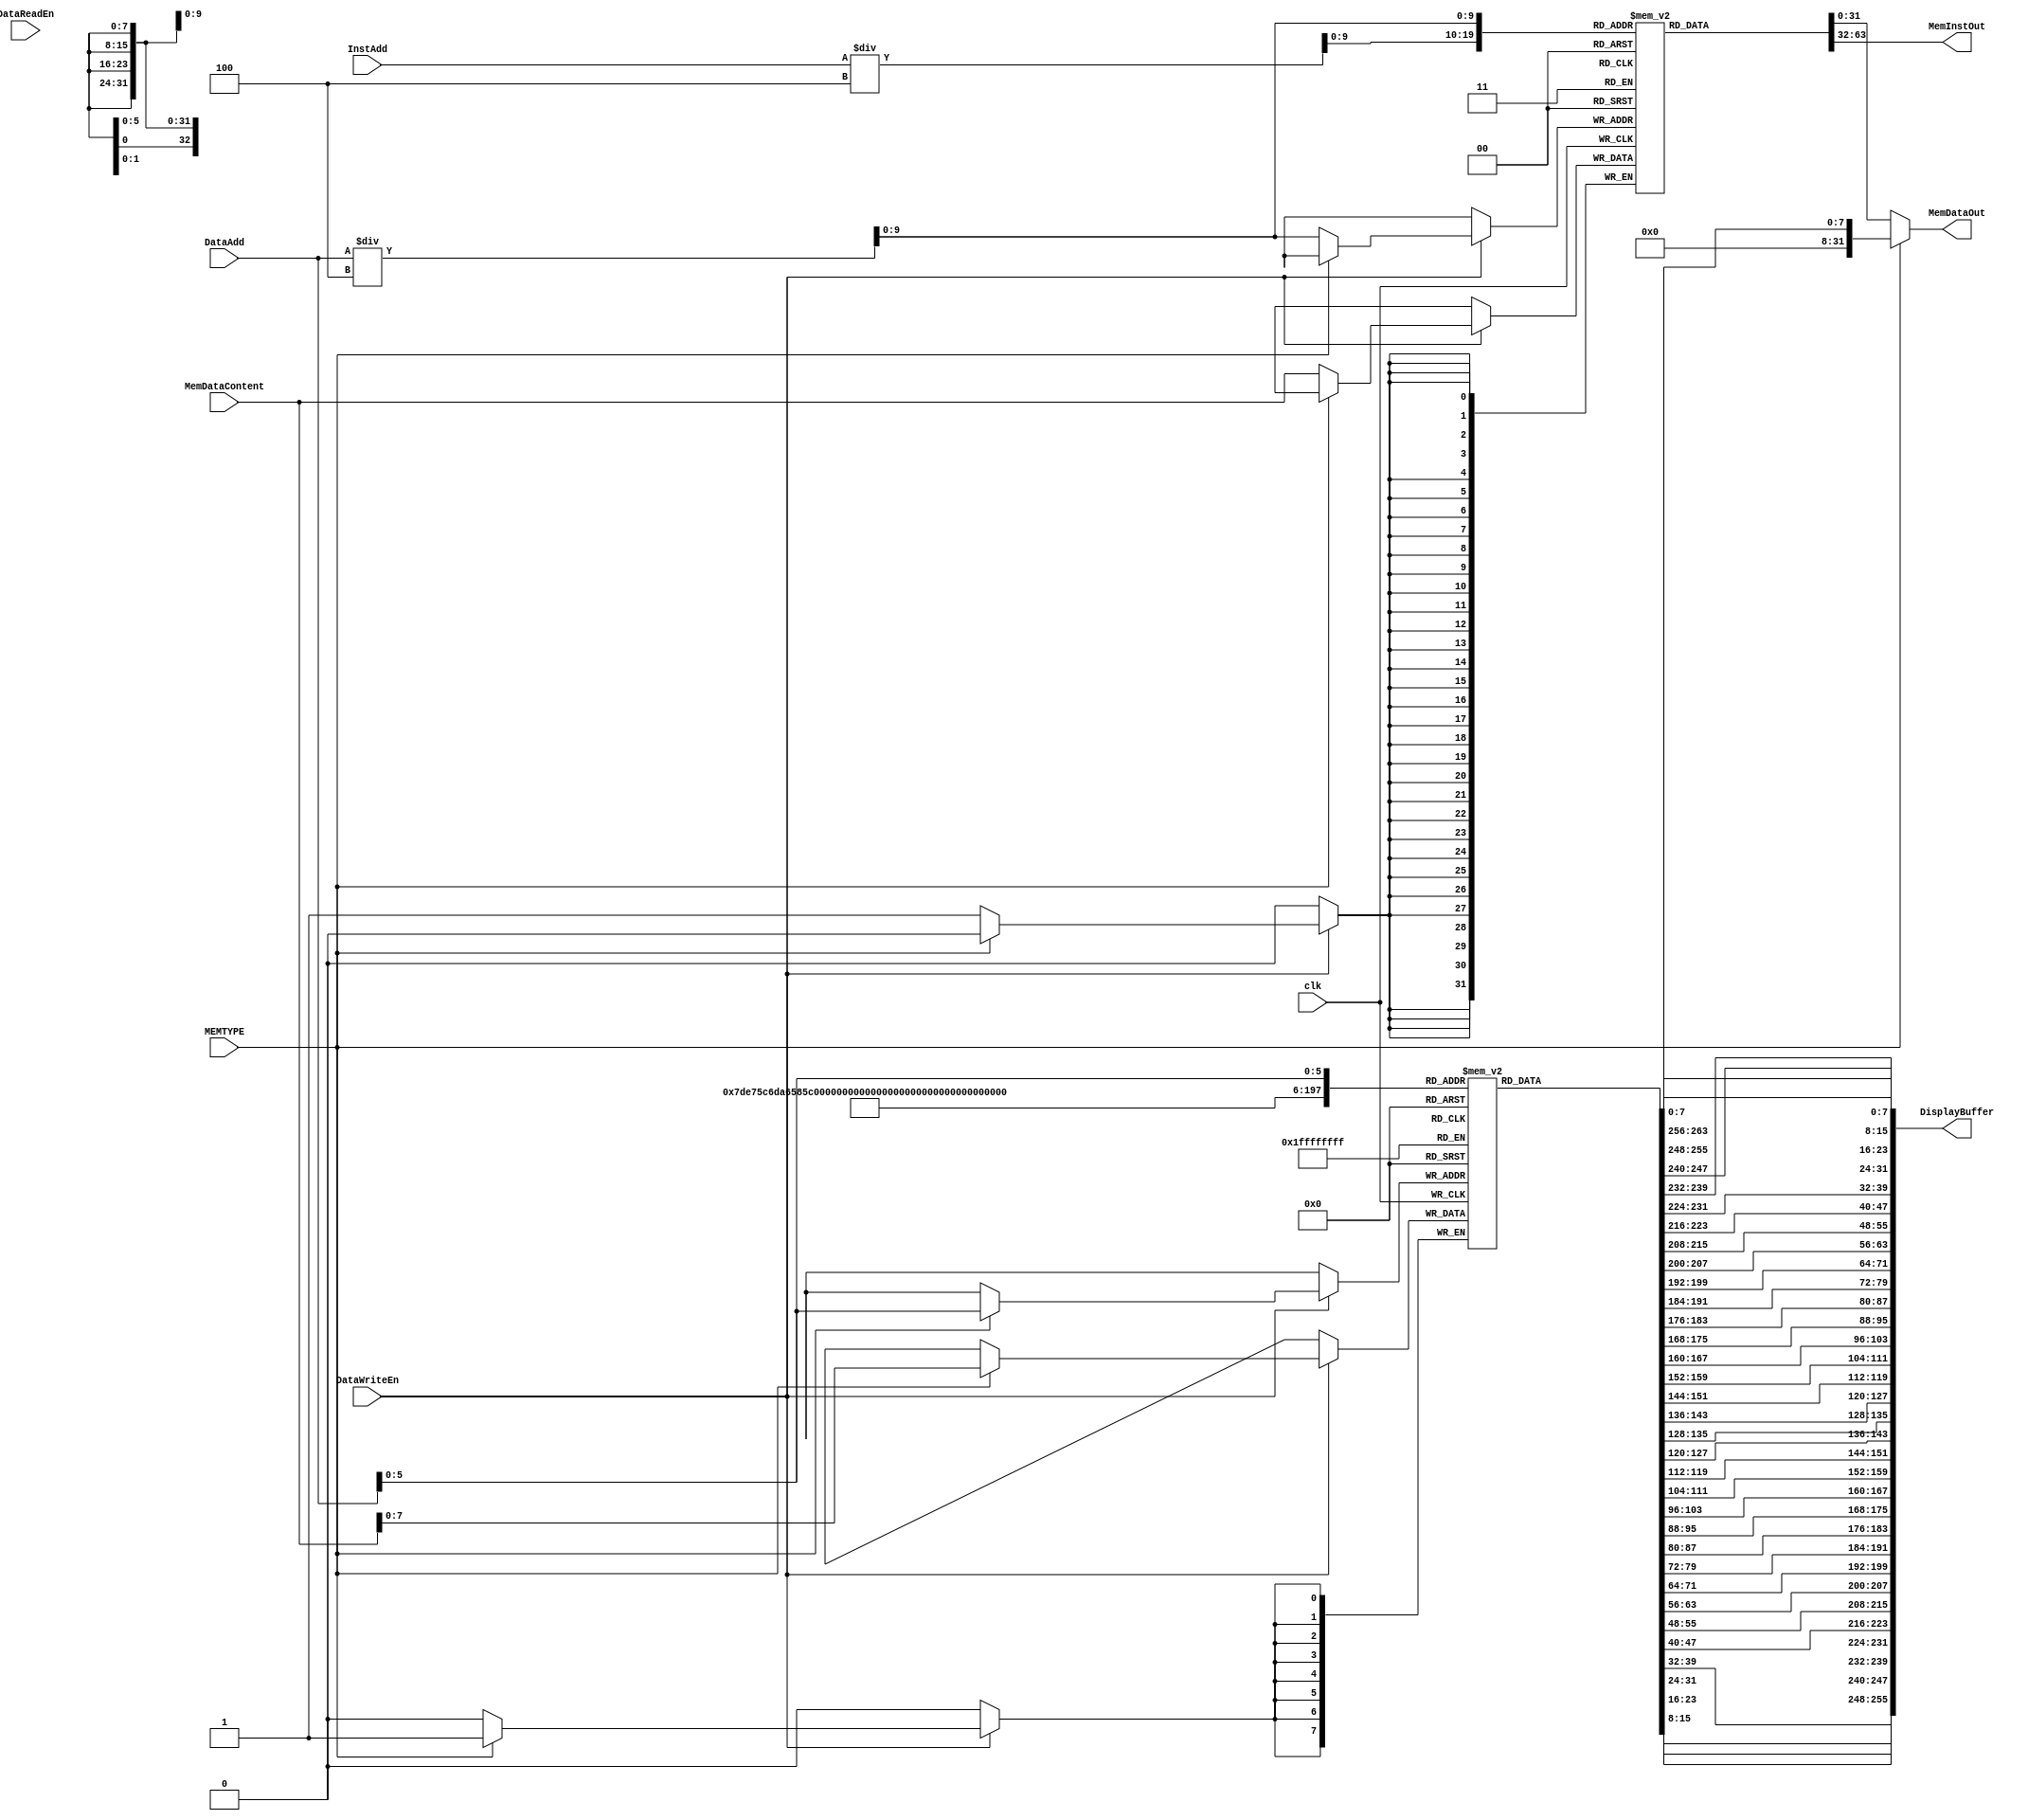
module BasicTestMemory
  #(
    parameter DisplayBufferSize = 256 
    )(
      input wire 			  clk,
  
      input wire [31:0] 		  InstAdd, // Address to fetch instruction from
      input wire [31:0] 		  DataAdd, // Address to fetch data from
      input wire [31:0] 		  MemDataContent,
  
      input wire 			  DataReadEn, // Enables output from memory
      input wire 			  DataWriteEn, // Enables writing to memory at end of cur. cycle

      input wire 			  MEMTYPE, // Enables writing to memory at end of cur. cycle
  
      output reg [31:0] 		  MemDataOut, // Data from memory
      output reg [31:0] 		  MemInstOut, // Instruction from memory	
      output wire [DisplayBufferSize-1:0] DisplayBuffer
      ); 

   reg [31:0] 				  mem [1023:0];
   reg [7:0] 				  dispMem [DisplayBufferSize/8:0];

   
   genvar 				  i;
   generate
       for (i = 0; i < DisplayBufferSize/8; i = i + 1) begin
	   assign DisplayBuffer[(i+1)*8 - 1 : i*8] = dispMem[DisplayBufferSize/8-i-1][7:0];
       end
   endgenerate

   initial begin
       mem[0] = 32'ha01ff800;
       mem[1] = 32'h903ff800;
       mem[2] = 32'h80410800;
       mem[3] = 32'ha4620800;
       mem[4] = 32'hb0811000;
       mem[5] = 32'hb0000800;
       mem[6] = 32'ha8000800;
       mem[7] = 32'hb0000800;
       mem[8] = 32'ha8001000;
       mem[9] = 32'hb0000800;
       mem[10] = 32'ha8001800;
       mem[11] = 32'hb0000800;
       mem[12] = 32'ha8002000;
       mem[13] = 32'h641f03fc;
       mem[14] = 32'ha8a40800;
       mem[15] = 32'hb0c30800;
       mem[16] = 32'ha4e22800;
       mem[17] = 32'hb1011800;
       mem[18] = 32'h81252800;
       mem[19] = 32'h85290800;
       mem[20] = 32'h81433800;
       mem[21] = 32'ha5681800;
       mem[22] = 32'hb1865000;
       mem[23] = 32'hb58c4800;
       mem[24] = 32'hb0000800;
       mem[25] = 32'ha8002800;
       mem[26] = 32'hb0000800;
       mem[27] = 32'ha8003000;
       mem[28] = 32'hb0000800;
       mem[29] = 32'ha8003800;
       mem[30] = 32'hb0000800;
       mem[31] = 32'ha8004000;
       mem[32] = 32'hb0000800;
       mem[33] = 32'ha8004800;
       mem[34] = 32'hb0000800;
       mem[35] = 32'ha8005000;
       mem[36] = 32'hb0000800;
       mem[37] = 32'ha8005800;
       mem[38] = 32'hb0000800;
       mem[39] = 32'ha8006000;
       mem[40] = 32'h641f03fc;
       mem[41] = 32'h81a73000;
       mem[42] = 32'h81c92800;
       mem[43] = 32'ha9ea2800;
       mem[44] = 32'haa0f3800;
       mem[45] = 32'h82108000;
       mem[46] = 32'h82246800;
       mem[47] = 32'h824f7800;
       mem[48] = 32'h86526000;
       mem[49] = 32'ha6720800;
       mem[50] = 32'h96919000;
       mem[51] = 32'h8293a000;
       mem[52] = 32'hb0000800;
       mem[53] = 32'ha8006800;
       mem[54] = 32'hb0000800;
       mem[55] = 32'ha8007000;
       mem[56] = 32'hb0000800;
       mem[57] = 32'ha8007800;
       mem[58] = 32'hb0000800;
       mem[59] = 32'ha8008000;
       mem[60] = 32'hb0000800;
       mem[61] = 32'ha8008800;
       mem[62] = 32'hb0000800;
       mem[63] = 32'ha8009000;
       mem[64] = 32'hb0000800;
       mem[65] = 32'ha8009800;
       mem[66] = 32'hb0000800;
       mem[67] = 32'ha800a000;
       mem[68] = 32'h641f03fc;
       mem[69] = 32'hb2b0a000;
       mem[70] = 32'hb2b53800;
       mem[71] = 32'hbab5a000;
       mem[72] = 32'hbab54800;
       mem[73] = 32'h86b1a800;
       mem[74] = 32'h9ad3a000;
       mem[75] = 32'h82d6a800;
       mem[76] = 32'ha6f41800;
       mem[77] = 32'hb3061000;
       mem[78] = 32'hb3251800;
       mem[79] = 32'h87397800;
       mem[80] = 32'h8744c000;
       mem[81] = 32'h8746d000;
       mem[82] = 32'h836e6800;
       mem[83] = 32'hb39bd800;
       mem[84] = 32'hb79cd800;
       mem[85] = 32'h8381e000;
       mem[86] = 32'hb3afb800;
       mem[87] = 32'hbbbdb800;
       mem[88] = 32'h83bd7000;
       mem[89] = 32'ha3dde000;
       mem[90] = 32'habde1000;
       mem[91] = 32'hb0000800;
       mem[92] = 32'ha800a800;
       mem[93] = 32'hb0000800;
       mem[94] = 32'ha800b000;
       mem[95] = 32'hb0000800;
       mem[96] = 32'ha800b800;
       mem[97] = 32'hb0000800;
       mem[98] = 32'ha800c000;
       mem[99] = 32'hb0000800;
       mem[100] = 32'ha800c800;
       mem[101] = 32'hb0000800;
       mem[102] = 32'ha800d000;
       mem[103] = 32'hb0000800;
       mem[104] = 32'ha800d800;
       mem[105] = 32'hb0000800;
       mem[106] = 32'ha800e000;
       mem[107] = 32'hb0000800;
       mem[108] = 32'ha800e800;
       mem[109] = 32'hb0000800;
       mem[110] = 32'ha800f000;
       mem[111] = 32'h641f03fc;
       mem[112] = 32'he43f0003;
       mem[113] = 32'he8410004;
       mem[114] = 32'he462ffff;
       mem[115] = 32'he063000f;
       mem[116] = 32'hc0830010;
       mem[117] = 32'hb0000800;
       mem[118] = 32'ha8000800;
       mem[119] = 32'hb0000800;
       mem[120] = 32'ha8001000;
       mem[121] = 32'hb0000800;
       mem[122] = 32'ha8001800;
       mem[123] = 32'hb0000800;
       mem[124] = 32'ha8002000;
       mem[125] = 32'h641f03fc;
       mem[126] = 32'hc4a4ffe0;
       mem[127] = 32'hd0c5003f;
       mem[128] = 32'hc0c6007e;
       mem[129] = 32'hd4e60080;
       mem[130] = 32'hc4e7ff02;
       mem[131] = 32'hd91f0007;
       mem[132] = 32'he50801fe;
       mem[133] = 32'hd12801fe;
       mem[134] = 32'hc12903ff;
       mem[135] = 32'hd54903fe;
       mem[136] = 32'he94a07ff;
       mem[137] = 32'hd96a07fe;
       mem[138] = 32'he96b0fff;
       mem[139] = 32'hf18b0001;
       mem[140] = 32'he98c0001;
       mem[141] = 32'hb0000800;
       mem[142] = 32'ha8002800;
       mem[143] = 32'hb0000800;
       mem[144] = 32'ha8003000;
       mem[145] = 32'hb0000800;
       mem[146] = 32'ha8003800;
       mem[147] = 32'hb0000800;
       mem[148] = 32'ha8004000;
       mem[149] = 32'hb0000800;
       mem[150] = 32'ha8004800;
       mem[151] = 32'hb0000800;
       mem[152] = 32'ha8005000;
       mem[153] = 32'hb0000800;
       mem[154] = 32'ha8005800;
       mem[155] = 32'hb0000800;
       mem[156] = 32'ha8006000;
       mem[157] = 32'h641f03fc;
       mem[158] = 32'hc1bfffff;
       mem[159] = 32'hf5ad0012;
       mem[160] = 32'hc1cd4000;
       mem[161] = 32'hc1ee0001;
       mem[162] = 32'hc1ef7fff;
       mem[163] = 32'hc21fffff;
       mem[164] = 32'hf610000f;
       mem[165] = 32'hc63f4000;
       mem[166] = 32'hf631000e;
       mem[167] = 32'hf2510001;
       mem[168] = 32'hc2520001;
       mem[169] = 32'hf2720001;
       mem[170] = 32'hc2730001;
       mem[171] = 32'hb0000800;
       mem[172] = 32'ha8006800;
       mem[173] = 32'hb0000800;
       mem[174] = 32'ha8007000;
       mem[175] = 32'hb0000800;
       mem[176] = 32'ha8007800;
       mem[177] = 32'hb0000800;
       mem[178] = 32'ha8008000;
       mem[179] = 32'hb0000800;
       mem[180] = 32'ha8008800;
       mem[181] = 32'hb0000800;
       mem[182] = 32'ha8009000;
       mem[183] = 32'hb0000800;
       mem[184] = 32'ha8009800;
       mem[185] = 32'hb0000800;
       mem[186] = 32'ha800a000;
       mem[187] = 32'h641f03fc;
       mem[188] = 32'hc69f0001;
       mem[189] = 32'hfa94001f;
       mem[190] = 32'hf694000b;
       mem[191] = 32'hfab4000c;
       mem[192] = 32'hf2b5000d;
       mem[193] = 32'hc2b51fff;
       mem[194] = 32'he2d5ffff;
       mem[195] = 32'hf2d60001;
       mem[196] = 32'hc2d60001;
       mem[197] = 32'hf2f60001;
       mem[198] = 32'hc6f7ffff;
       mem[199] = 32'he71f03ff;
       mem[200] = 32'hf318000f;
       mem[201] = 32'heb187fff;
       mem[202] = 32'hc73f0001;
       mem[203] = 32'hf7390006;
       mem[204] = 32'hc75f0001;
       mem[205] = 32'hf75a0005;
       mem[206] = 32'hc77f0001;
       mem[207] = 32'hf77b0004;
       mem[208] = 32'hc79f0001;
       mem[209] = 32'hf79c0003;
       mem[210] = 32'hc7bf0001;
       mem[211] = 32'hf7bd0002;
       mem[212] = 32'hc7df0001;
       mem[213] = 32'hf7de0001;
       mem[214] = 32'hb0000800;
       mem[215] = 32'ha800a800;
       mem[216] = 32'hb0000800;
       mem[217] = 32'ha800b000;
       mem[218] = 32'hb0000800;
       mem[219] = 32'ha800b800;
       mem[220] = 32'hb0000800;
       mem[221] = 32'ha800c000;
       mem[222] = 32'hb0000800;
       mem[223] = 32'ha800c800;
       mem[224] = 32'hb0000800;
       mem[225] = 32'ha800d000;
       mem[226] = 32'hb0000800;
       mem[227] = 32'ha800d800;
       mem[228] = 32'hb0000800;
       mem[229] = 32'ha800e000;
       mem[230] = 32'hb0000800;
       mem[231] = 32'ha800e800;
       mem[232] = 32'hb0000800;
       mem[233] = 32'ha800f000;
       mem[234] = 32'h641f03fc;
       mem[235] = 32'h605f0000;
       mem[236] = 32'hb0000800;
       mem[237] = 32'ha8001000;
       mem[238] = 32'h60610005;
       mem[239] = 32'hb0000800;
       mem[240] = 32'ha8001800;
       mem[241] = 32'h641f03fc;
       mem[242] = 32'h83fff800;
       mem[243] = 32'h83fff800;
       mem[244] = 32'h83fff800;
       mem[245] = 32'h83fff800;
       mem[246] = 32'h83fff800;
       mem[247] = 32'h83fff800;
       mem[248] = 32'h83fff800;
       mem[249] = 32'h83fff800;
       mem[250] = 32'h83fff800;
       mem[251] = 32'h83fff800;
       mem[252] = 32'hffffffff;
       mem[253] = 32'hffffffff;
       mem[254] = 32'hffffffff;
       mem[255] = 32'hffffffff;
   end
   
   
   always @(posedge clk) begin
       //#1
       if (DataWriteEn) begin
           if (MEMTYPE) begin
               dispMem[DataAdd] = MemDataContent;

           end else begin
               mem[DataAdd/4] = MemDataContent;
               
           end
       end
   end

   always @(mem, DataAdd, InstAdd, MEMTYPE) begin
       //#2
       MemInstOut = mem[InstAdd/4];

       if (MEMTYPE) begin
           MemDataOut = dispMem[DataAdd];       
       end else begin
           MemDataOut = mem[DataAdd/4];
       end
   end
endmodule